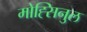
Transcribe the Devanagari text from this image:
मोह्सिनुल